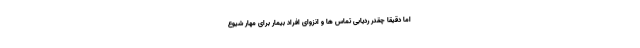
اما دقیقاً چقدر ردیابی تماس ها و انزوای افراد بیمار برای مهار شیوع